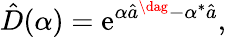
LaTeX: \hat{D}(\alpha)=\mathrm{e}^{\alpha\hat{a}^{\dag}-\alpha^{*}\hat{a}},